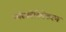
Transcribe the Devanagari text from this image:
फॉस्फोरिलेकरण